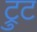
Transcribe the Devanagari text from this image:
ट्रुट